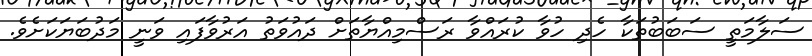
ސަލާމަތީ ސަބަބުތަކާ ހެދި ހުވާ ކުރައްވާ ރަސްމިއްޔާތަށް ދައުވަތު އަރުވާފައި ވަނީ މަދުބަޔަކަށެވެ.